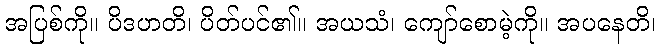
အပြစ်ကို။ ပိဒဟတိ၊ ပိတ်ပင်၏။ အယသံ၊ ကျော်စောမဲ့ကို။ အပနေတိ၊